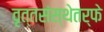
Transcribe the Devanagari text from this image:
वृत्तसंस्थेतर्फे